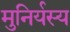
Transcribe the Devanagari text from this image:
मुनिर्यस्य